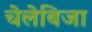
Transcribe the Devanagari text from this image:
चेलेबिजा